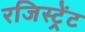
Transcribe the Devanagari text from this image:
रजिस्ट्रेंट